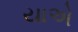
યાએ